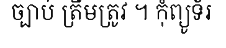
ច្បាប់ ត្រឹមត្រូវ ។ កុំព្យូទ័រ